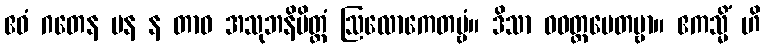
ဧဝံ ဂတေန ပန န တာဝ အသုဘနိမိတ္တံ ဩလောကေတဗ္ဗံ။ ဒိသာ ဝဝတ္ထပေတဗ္ဗာ။ ဧကသ္မိံ ဟိ